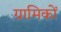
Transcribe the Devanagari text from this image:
ग्रामिकों